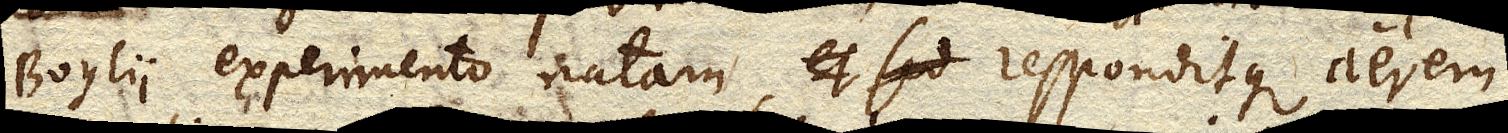
Boylii experimento natam, responditque aerem